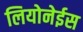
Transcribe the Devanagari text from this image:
लियोनेईस